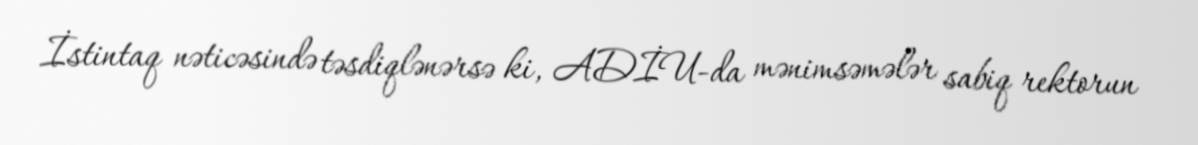
İstintaq nəticəsində təsdiqlənərsə ki, ADİU-da mənimsəmələr sabiq rektorun